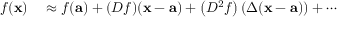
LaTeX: \begin{array} { r l } { f ( \mathbf { x } ) } & { { } \approx f ( \mathbf { a } ) + ( D f ) ( \mathbf { x - a } ) + \left( D ^ { 2 } f \right) ( \Delta ( \mathbf { x - a } ) ) + \cdots } \end{array}